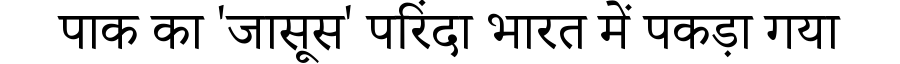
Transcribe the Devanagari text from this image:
पाक का 'जासूस' परिंदा भारत में पकड़ा गया